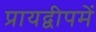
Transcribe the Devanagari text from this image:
प्रायद्वीपमें